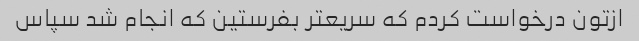
ازتون درخواست کردم که سریعتر بفرستین که انجام شد سپاس